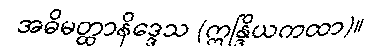
အဓိမတ္ထာနိဒ္ဒေသ (ဣန္ဒြိယကထာ)။